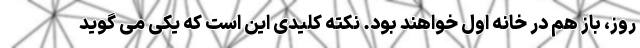
روز، باز هم در خانه اول خواهند بود. نکته کلیدی این است که یکی می گوید